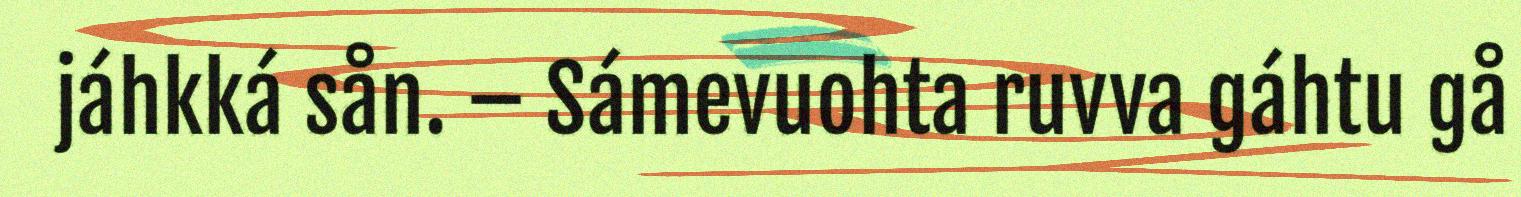
jáhkká sån. – Sámevuohta ruvva gáhtu gå